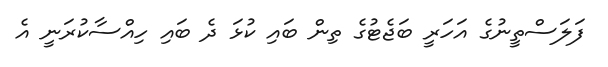
ފަލަސްތީނުގެ އަހަރީ ބަޖެޓުގެ ތިން ބައި ކުޅަ ދެ ބައި ހިއްސާކުރަނީ އެ